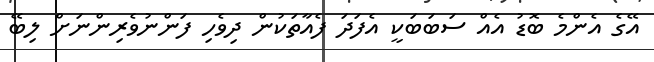
އޭގެ އެންމެ ބޮޑު އެއް ސަބަބަކީ އެފަދަ ފެއާތަކުން ދިވެހި ފަންނުވެރިންނަށް ލިބޭ